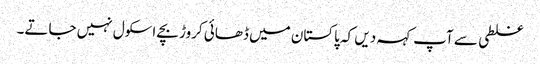
غلطی سے آپ کہہ دیں کہ پاکستان میں ڈھائی کروڑ بچے اسکول نہیں جاتے۔